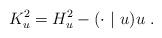
LaTeX: \begin{align*}K_u^2=H_u^2-(\cdot\ |\ u)u\ .\end{align*}